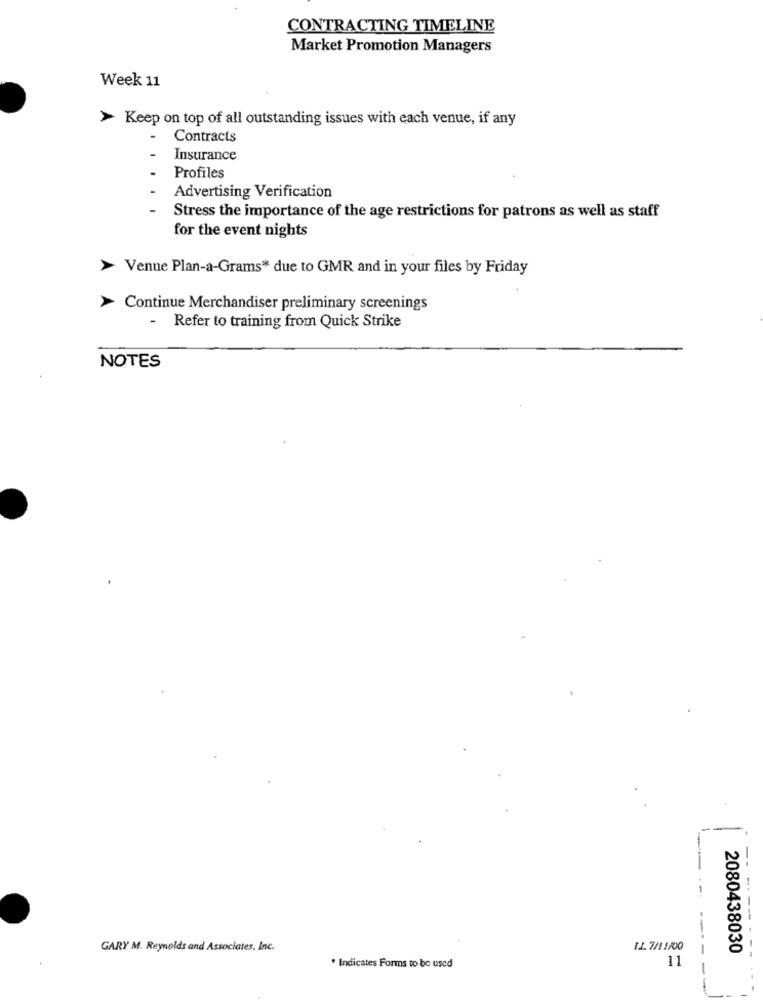
CONTRACTING TIMELINE
Market Promotion Managers
Week 11
> Keep on top of all outstanding issues with each venue, if any
Contracts
Insurance
Profiles
Advertising Verification
Stress the importance of the age restrictions for patrons as well as staff
for the event nights
Venue Plan-a-Grams* due to GMR and in your files by Friday
Continue Merchandiser preliminary screenings
- Refer to training from Quick Strike
NOTES
-
GARY M. Reynolds and Associates, Inc.
IL. 7/11/00
2080438030
--
11
* Indicates Forms to be used
-----